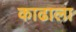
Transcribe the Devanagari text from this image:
काढाला